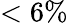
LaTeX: <6\%